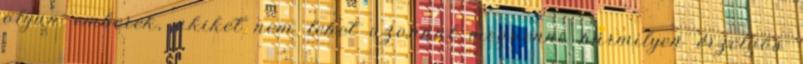
olyan emberek, akiket nem lehet azonnal megvenni bármilyen érzelgős